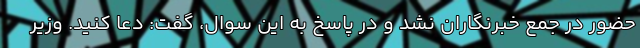
حضور در جمع خبرنگاران نشد و در پاسخ به این سوال، گفت: دعا کنید. وزیر